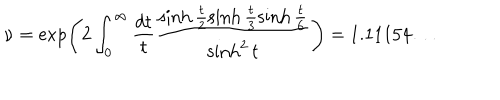
\nu = \exp \left( 2 \int _ { 0 } ^ { \infty } \frac { d t } { t } \frac { \sinh \frac { t } { 2 } \sinh \frac { t } { 3 } \sinh \frac { t } { 6 } } { \sinh ^ { 2 } t } \right) = 1 . 1 1 1 5 4 \ldots